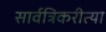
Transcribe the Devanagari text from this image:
सार्वत्रिकरीत्या